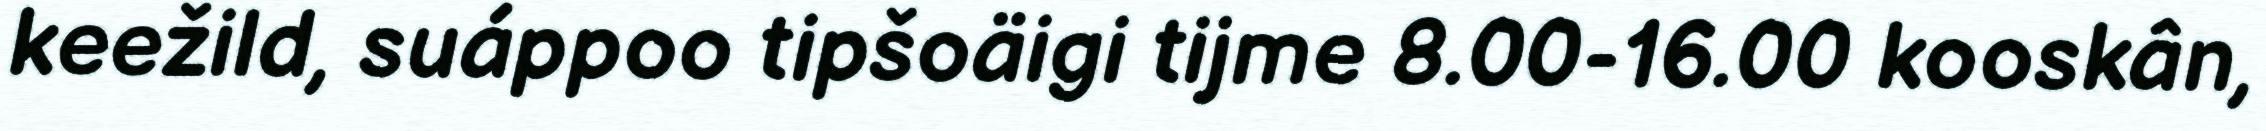
keežild, suáppoo tipšoäigi tijme 8.00-16.00 kooskân,